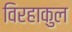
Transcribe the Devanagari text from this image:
विरहाकुल